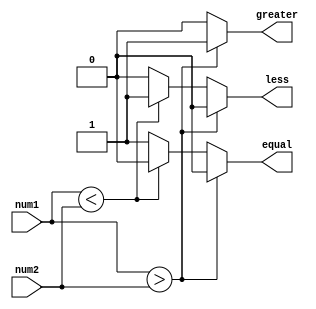
module unsigned_comparator (
    input [7:0] num1,
    input [7:0] num2,
    output greater,
    output less,
    output equal
);

reg greater, less, equal;

always @(*) begin
    if (num1 > num2) begin
        greater = 1;
        less = 0;
        equal = 0;
    end else if (num1 < num2) begin
        greater = 0;
        less = 1;
        equal = 0;
    end else begin
        greater = 0;
        less = 0;
        equal = 1;
    end
end

endmodule